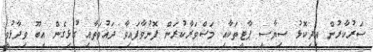
ސަރުކާރުން އިދިކޮޅު ސިޔާސީ ޕާޓީތަކާއި މަޝްވަރާކުރަން ފޮނުވާފައިވާ ދައުވަތާއި ގުޅިގެން އިބޫ ވިދާޅުވީ